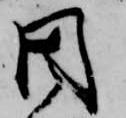
周